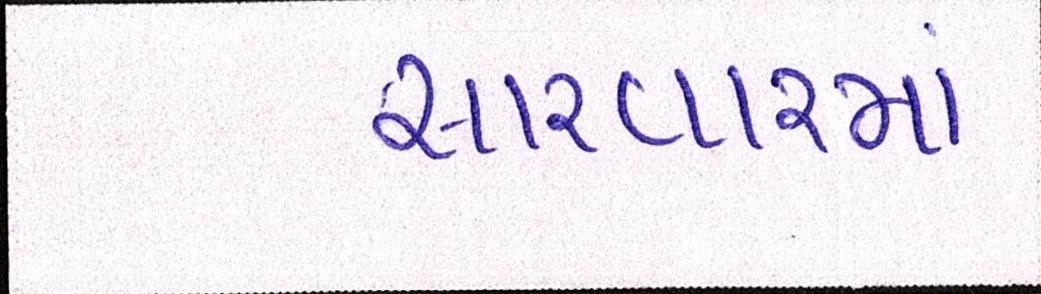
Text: સારવારમાં